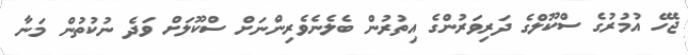
ޖެހޭ އުމުރުގެ ސްކޫލްގެ ދަރިވަރުންގެ އިތުރުން ބެލެނެވެރިންނަށް ސްކޫލަށް ވަދެ ނުކުތުން މަނާ